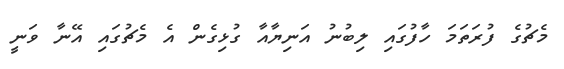
މެޗުގެ ފުރަތަމަ ހާފުގައި ލިބުނު އަނިޔާއާ ގުޅިގެން އެ މެޗުގައި އޭނާ ވަނީ